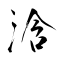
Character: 浛